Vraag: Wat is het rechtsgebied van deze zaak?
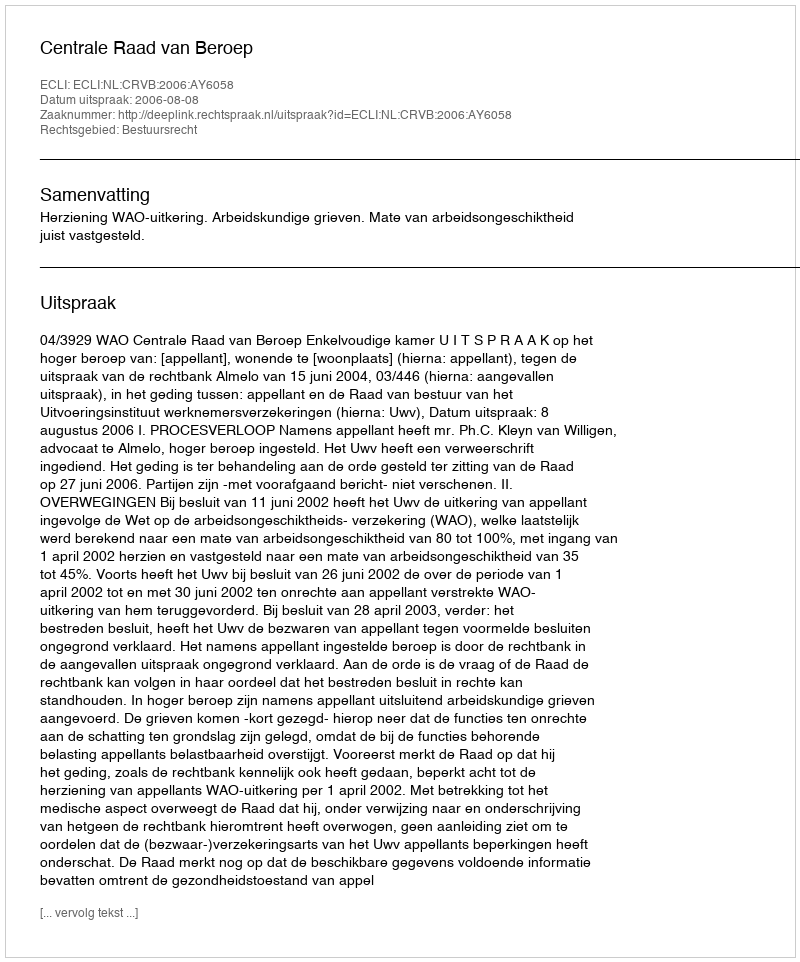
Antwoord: Bestuursrecht